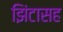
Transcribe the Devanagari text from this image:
झिंटासह